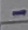
Text: -